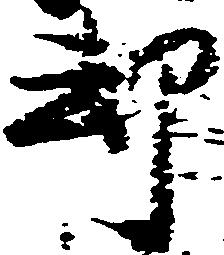
却